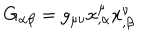
G _ { \alpha \beta } = g _ { \mu \nu } x _ { , \alpha } ^ { \mu } x _ { , \beta } ^ { \nu }